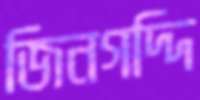
জিনগদ্দি